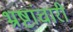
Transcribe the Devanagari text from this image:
भ्रष्टांचारी